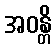
အဝန္တိ